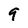
Character: 9